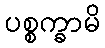
ပစ္စက္ခာမိ